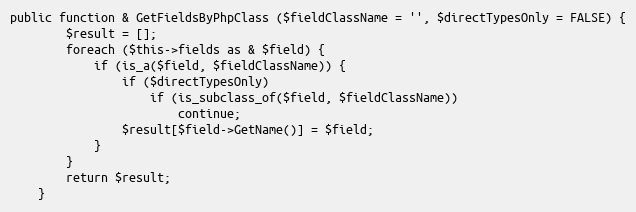
Language: PHP
public function & GetFieldsByPhpClass ($fieldClassName = '', $directTypesOnly = FALSE) {
		$result = [];
		foreach ($this->fields as & $field) {
			if (is_a($field, $fieldClassName)) {
				if ($directTypesOnly)
					if (is_subclass_of($field, $fieldClassName))
						continue;
				$result[$field->GetName()] = $field;
			}
		}
		return $result;
	}